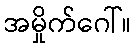
အမှိုက်ဂေါ်။